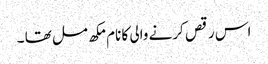
اس رقص کرنے والی کا نام مکھ مل تھا ۔